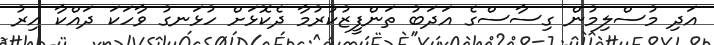
އަދި މުސްލިމުން ގިސާސްގެ އަދަބު ތަންފީޒުކުރުމާ ދެކޮޅަށް ހުޅަނގު ވާހަކަ ދައްކާ އިރު